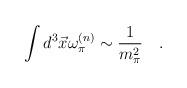
LaTeX: \begin{align*}\int d^3 \vec{x}\omega_{\pi}^{(n)}\sim \frac{1}{m_{\pi}^2}\quad . \end{align*}